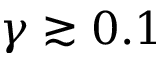
\gamma \gtrsim 0 . 1